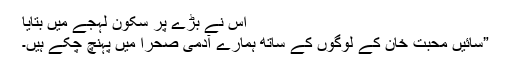
اس نے بڑے پر سکون لہجے میں بتایا
”سائیں محبت خان کے لوگوں کے ساتھ ہمارے آدمی صحرا میں پہنچ چکے ہیں۔